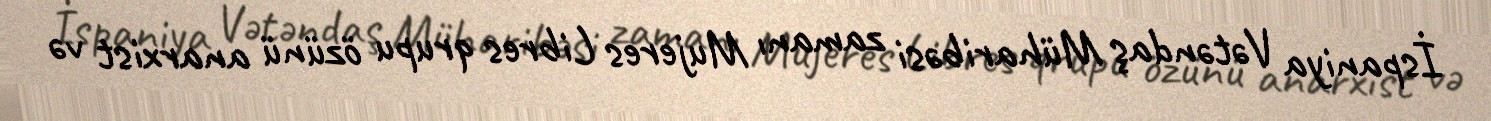
İspaniya Vətəndaş Müharibəsi zamanı Mujeres Libres qrupu özünü anarxist və